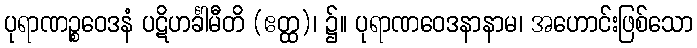
ပုရာဏဉ္စဝေဒနံ ပဋိဟင်္ခါမီတိ (ဧတ္ထ)၊ ၌။ ပုရာဏဝေဒနာနာမ၊ အဟောင်းဖြစ်သော